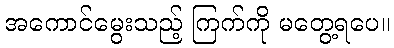
အကောင်မွေးသည့် ကြက်ကို မတွေ့ရပေ။